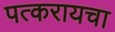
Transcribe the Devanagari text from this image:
पत्करायचा